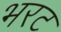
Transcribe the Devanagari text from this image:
भरट